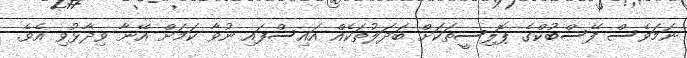
ނަމަވެސް ފޭސްބުކްގެ ޕޮލިސީތަކަށް ބަދަލުތަކެއް އައިސްފައި ނުވާ ކަމަށް އޭނާ ވިދާޅުވި އެވެ.